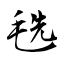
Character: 毨